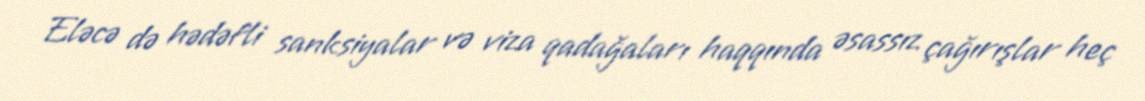
Eləcə də hədəfli sanksiyalar və viza qadağaları haqqında əsassız çağırışlar heç